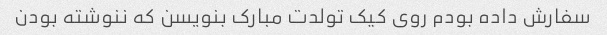
سفارش داده بودم روی کیک تولدت مبارک بنویسن که ننوشته بودن